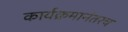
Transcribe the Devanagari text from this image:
कार्यक्रमानंतरच